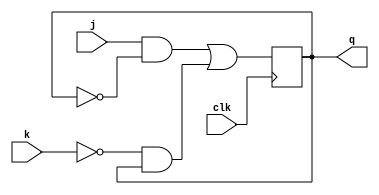
module jk_ff(j,k,q,clk);
	input j,k,clk;
	output q;
	reg q;
	always @ (posedge clk)
		begin
			q<=(j&~q)|(~k&q);				
		end
endmodule